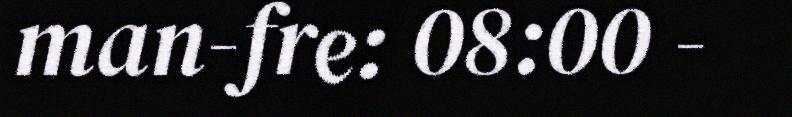
man-fre: 08:00 -